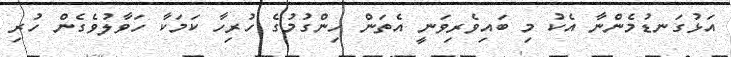
އަޅުގަނޑުމެންނާ އެކު މި ބައިވެރިވަނީ އެތަން ހިންގުމުގެ ހުރިހާ ކަމަކާ ހަވާލުވެގެން ހުރި